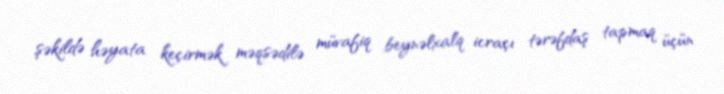
şəkildə həyata keçirmək məqsədilə müvafiq beynəlxalq icraçı tərəfdaş tapmaq üçün